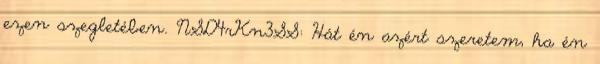
ezen szegletében. NSD4rKn3SS: Hát én azért szeretem, ha én